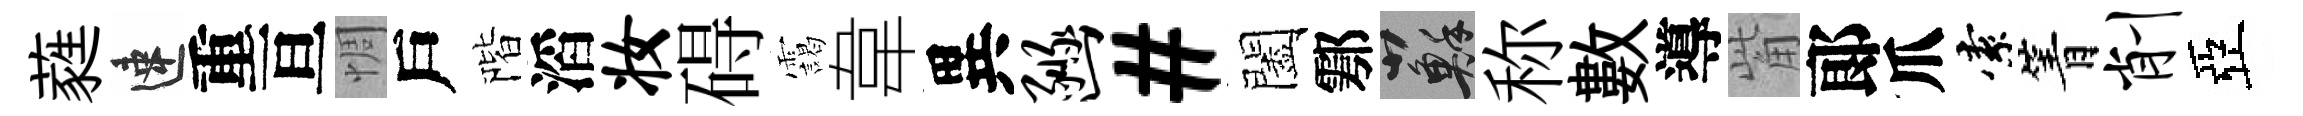
蕤速重亘惆戶階滔妆碍靄韋異豳#闔鄠蘇称數導觜郞爪索箐削亞